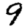
Digit: 9